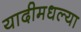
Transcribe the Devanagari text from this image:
यादीमधल्या